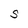
Character: S